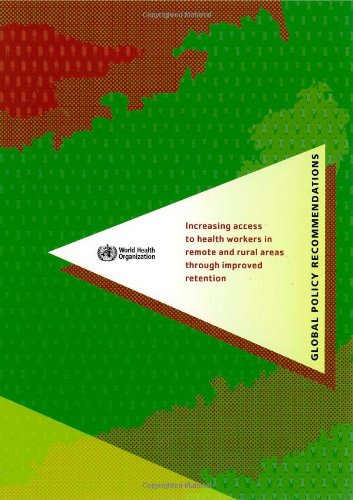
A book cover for Increasing Access to Health Workers in Remote and Rural Areas through Improved Retention: Global Policy Recommendations (With CD-Rom); World Health Organization; Medical Books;